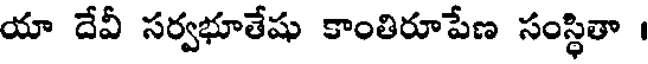
యా దేవీ సర్వభూతేషు కాంతిరూపేణ సంస్థితా